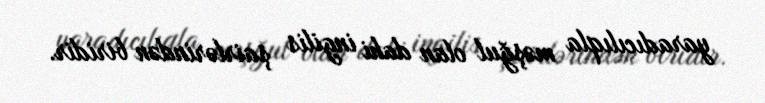
yaradıcılıqla məşğul olan dahi ingilis şairlərindən biridir.